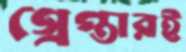
গ্রেপ্তারই